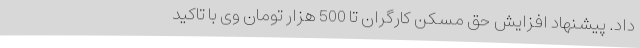
داد. پیشنهاد افزایش حق مسکن کارگران تا 500 هزار تومان وی با تاکید